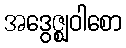
အဒွေဇ္ဈဝါစော